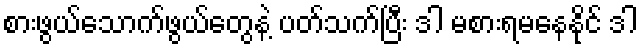
စားဖွယ်သောက်ဖွယ်တွေနဲ့ ပတ်သက်ပြီး ဒါ မစားရမနေနိုင် ဒါ